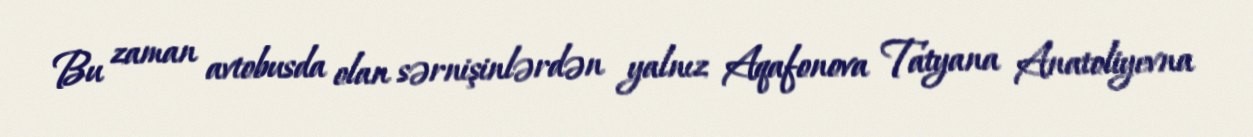
Bu zaman avtobusda olan sərnişinlərdən yalnız Aqafonova Tatyana Anatoliyevna